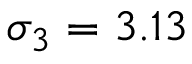
\sigma _ { 3 } = 3 . 1 3